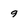
Character: 9